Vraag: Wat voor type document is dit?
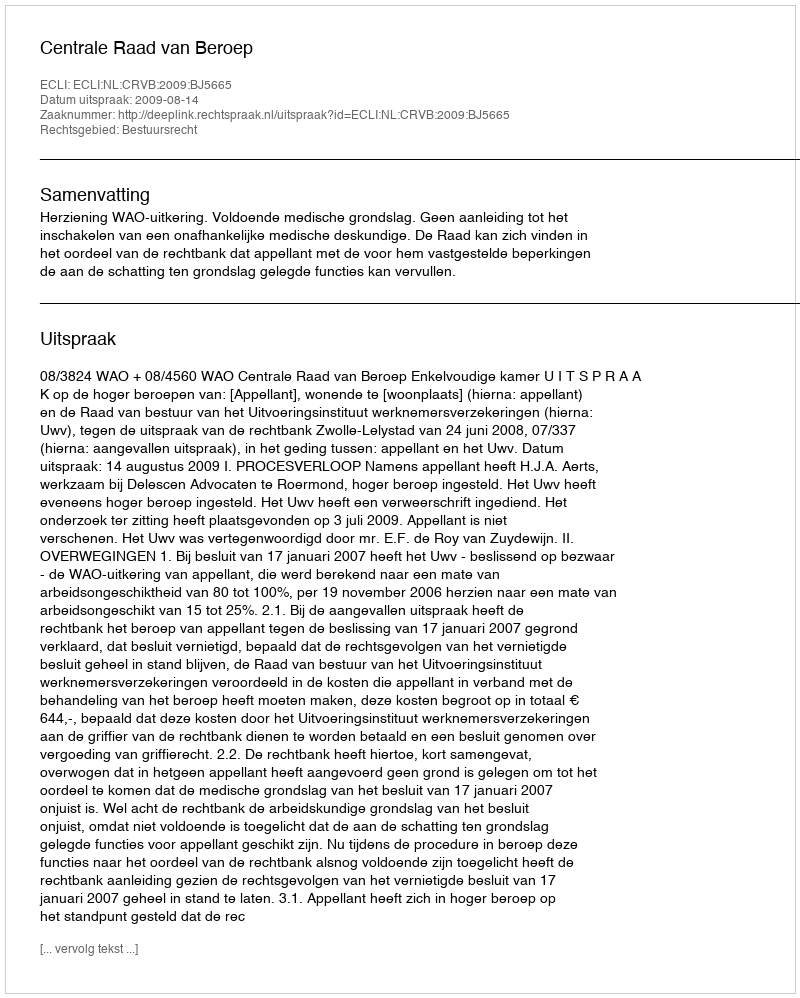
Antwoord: Uitspraak